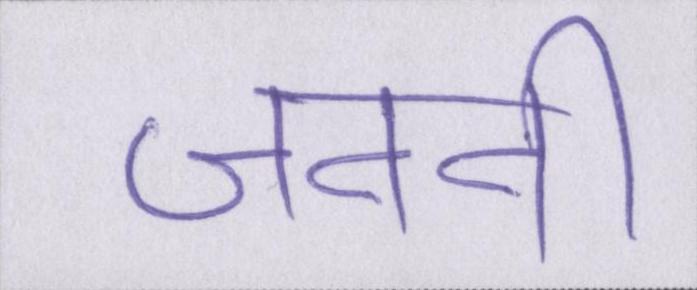
जननी